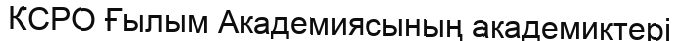
КСРО Ғылым Академиясының академиктері